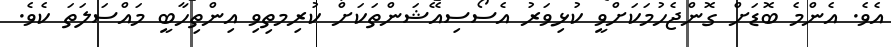
އެވެ. އެންމެ ބޮޑަށް ގޮންޖެހުމަކަށްވީ ކުޅިވަރު އެސޯސިއޭޝަންތަކަށް ކުރިމތިވި އިންތިހާބީ މައްސަލަތަ ކެވެ.